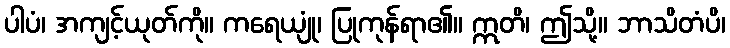
ပါပံ၊ အကျင့်ယုတ်ကို။ ကရေယျုံ၊ ပြုကုန်ရာ၏။ ဣတိ၊ ဤသို့။ ဘာသိတံပိ၊